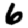
Digit: 6